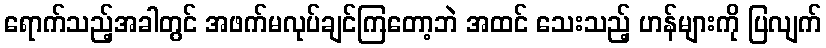
ရောက်သည့်အခါတွင် အဖက်မလုပ်ချင်ကြတော့ဘဲ အထင် သေးသည့် ဟန်များကို ပြလျက်